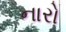
નારો